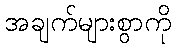
အချက်များစွာကို